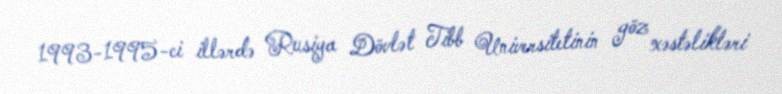
1993-1995-ci illərdə Rusiya Dövlət Tibb Universitetinin göz xəstəlikləri